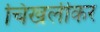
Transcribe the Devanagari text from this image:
चिखलीकर